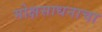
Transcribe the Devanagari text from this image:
मोक्षसाधनाचा